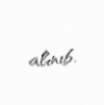
alınıb.